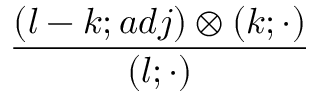
{ \frac { ( l - k ; a d j ) \otimes ( k ; \cdot ) } { ( l ; \cdot ) } }